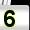
Digit: 5